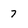
Character: 7